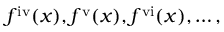
f ^ { \mathrm { i v } } ( x ) , f ^ { \mathrm { v } } ( x ) , f ^ { \mathrm { v i } } ( x ) , \ldots ,